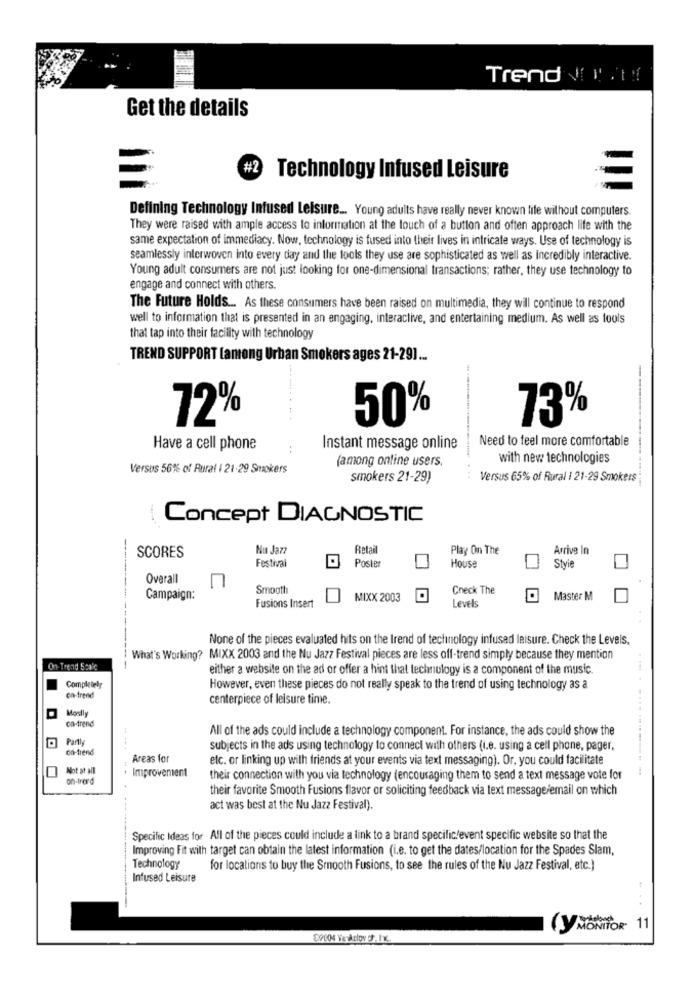
Trend .ty
Get the details
#2
Technology Infused Leisure
Defining Technology Infused Leisure ... Young adults have really never known life without computers.
They were raised with ample access to information at the touch of a button and often approach life with the
same expectation of immediacy. Now, technology is fused into their lives in intricate ways. Use of technology is
seamlessly interwoven into every day and the tools they use are sophisticated as well as incredibly interactive.
Young adult consumers are not just looking for one-dimensional transactions; rather, they use technology to
engage and connect with others.
The Future Holds ... As these consumers have been raised on multimedia, they will continue to respond
well to information that is presented in an engaging, interactive, and entertaining medium. As well as tools
that tap into their facility with technology
TREND SUPPORT (among Urban Smokers ages 21-29] ...
50%
73%
72%
Need to feel more comfortable
Have a cell phone
Instant message online
(among online users.
with new technologies
Versus 56% of Rural | 21-29 Smokers
smokers 21-29)
Versus 65% of Rural | 21-29 Smokers
Concept DIAGNOSTIC
Nu Jazz
Retail
Play On The
Arrive In
SCORES
Festival
Poster
House
Styie
Overall
n
Smooth
Check The
Campaign:
MIXX 2003
Levels
Master M
Fusions Insert
None of the pieces evaluated hits on the trend of technology infused leisure. Check the Levels.
What's Working? MIXX 2003 and the Nu Jazz Festival pieces are less off-trend simply because they mention
On- Trend 52nic
---
either a website on the ad or offer a hint that technology is a component of the music.
Completely
on-trend
However, even these pieces do not really speak to the trend of using technology as a
centerpiece of leisure time.
Mostly
on-trend
All of the ads could include a technology component. For instance, the ads could show the
Partl
on-trend
subjects in the ads using technology to connect with others (i.e. using a cell phone, pager,
Areas for
etc. or linking up with friends at your events via text messaging). Or, you could facilitate
Not at all
Improvement
on-tras'd
their connection with you via technology (encouraging them to send a text message vote for
their favorite Smooth Fusions flavor or soliciting feedback via text message/email on which
act was best at the Nu Jazz Festival).
Specific Ideas for All of the pieces could include a link to a brand specific/event specific website so that the
Improving Fit with target can obtain the latest information (i.e. to get the dates/location for the Spades Slam,
--------
Technology
for locations to buy the Smooth Fusions, to see the rules of the Nu Jazz Festival, etc.)
Infused Leisure
....
Y MONITOR- 11